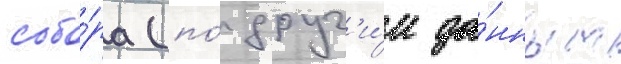
собо́ра (по́ друг'и́м да́нным